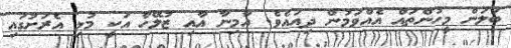
ބަލަން މީހުންތައް އެއްވަމުން ދިއައެވެ. އާމިނާ އާއި ޒުލޭހާ އަކީ މުޅި އެރަށުގައި